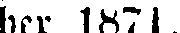
ber 1871.